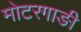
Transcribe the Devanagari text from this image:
मोटरगाङी